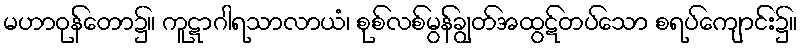
မဟာဝုန်တော၌။ ကူဋာဂါရသာလာယံ၊ စုစ်လစ်မွန်ချွတ်အထွဋ်တပ်သော စရပ်ကျောင်း၌။